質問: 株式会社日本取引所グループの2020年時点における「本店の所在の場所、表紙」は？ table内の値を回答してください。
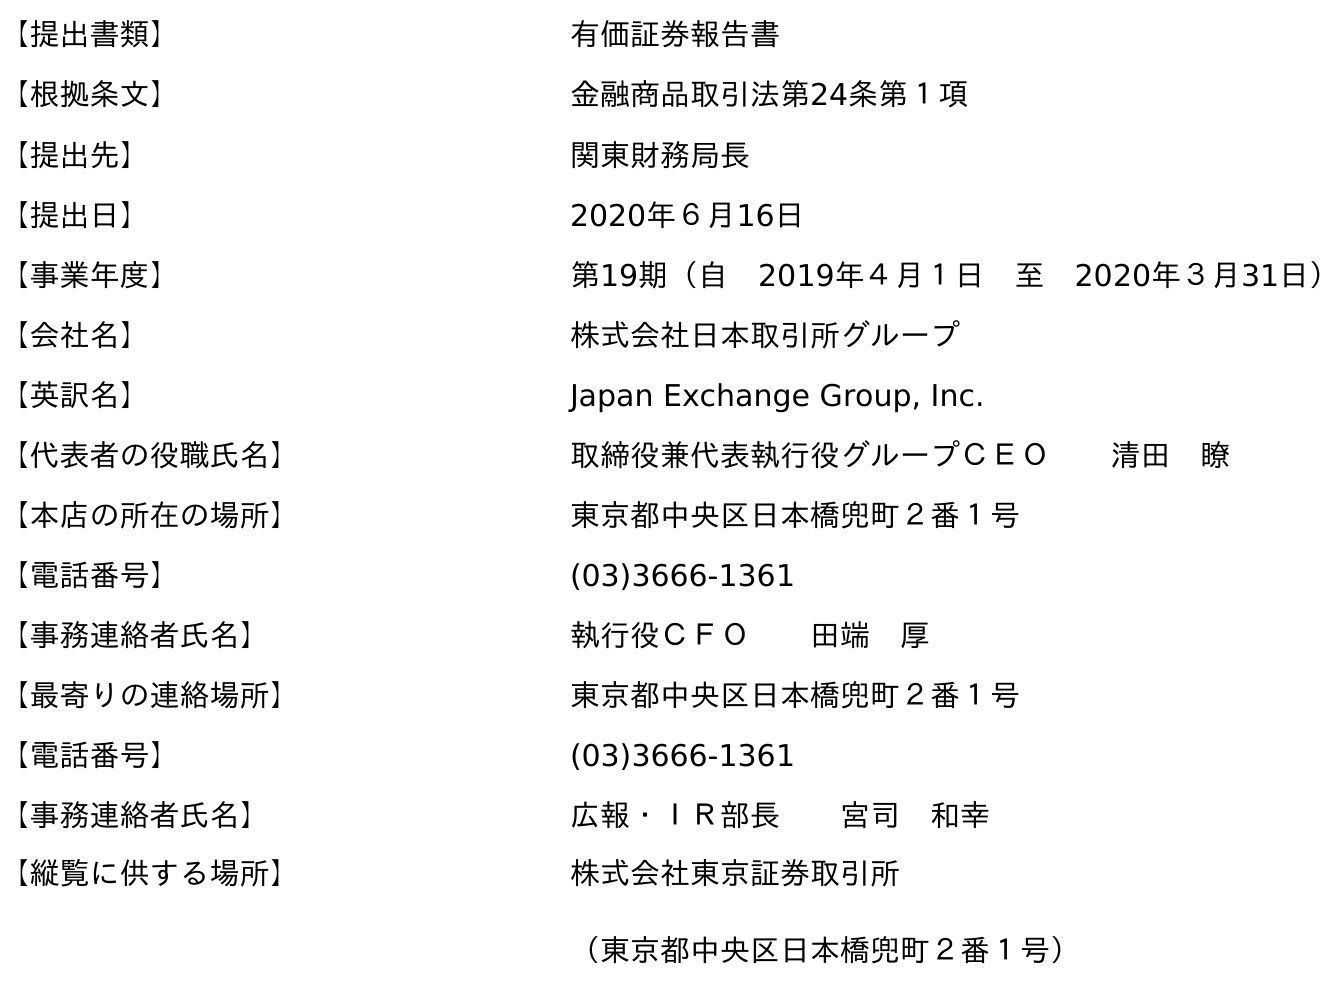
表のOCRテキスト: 【提出書類】 有価証券報告書 【根拠条文】 金融商品取引法第24条第１項 【提出先】 関東財務局長 【提出日】 2020年６月16日 【事業年度】 第19期（自 2019年４月１日 至 2020年３月31日） 【会社名】 株式会社日本取引所グループ 【英訳名】 Japan Exchange Group, Inc. 【代表者の役職氏名】 取締役兼代表執行役グループＣＥＯ  清田 瞭 【本店の所在の場所】 東京都中央区日本橋兜町２番１号 【電話番号】 (03)3666-1361 【事務連絡者氏名】 執行役ＣＦＯ  田端 厚 【最寄りの連絡場所】 東京都中央区日本橋兜町２番１号 【電話番号】 (03)3666-1361 【事務連絡者氏名】 広報・ＩＲ部長  宮司 和幸 【縦覧に供する場所】 株式会社東京証券取引所 （東京都中央区日本橋兜町２番１号）
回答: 東京都中央区日本橋兜町２番１号